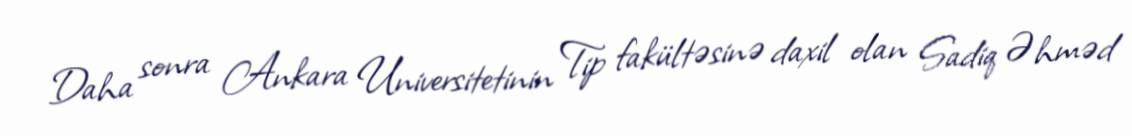
Daha sonra Ankara Universitetinin Tip fakültəsinə daxil olan Sadiq Əhməd